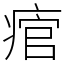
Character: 痯